Vaccination in the Punjab 1919-1929 - 1919-1929
Year: 1919
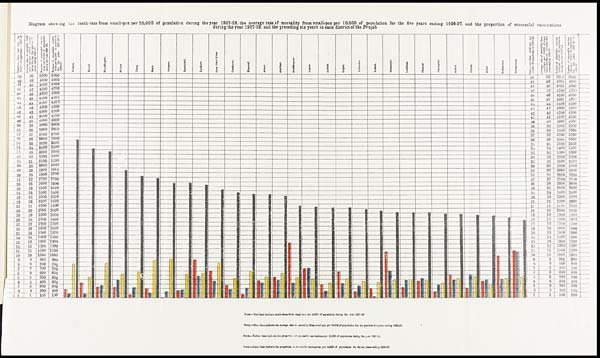
Diagram showing the death-rate from small-pox per 10,000 of population during the year 1927-28, the average rate of mortality from small-pox per 10,000 of population for the five years ending 1926-27. and the proportion of successful vaccinations
during the year 1927-28, and the preceding six years in each district of the Punjab
NOTE.—Red lines indicate death-rates from small-pox per 10,000 of population during the year 1927-28
NOTE.—Blue lines indicate the average rate of mortality from small-pox per 10,000 of population for the previous five years ending 1926-27,
NOTE.—Yellow lines indicate the proportion of successful vaccinations per 10,000 of population during the year 1927-28,
NOTE.—Black lines indicate the proportion of successful vaccinations per 10,000 of population for the six years ending 1926-27